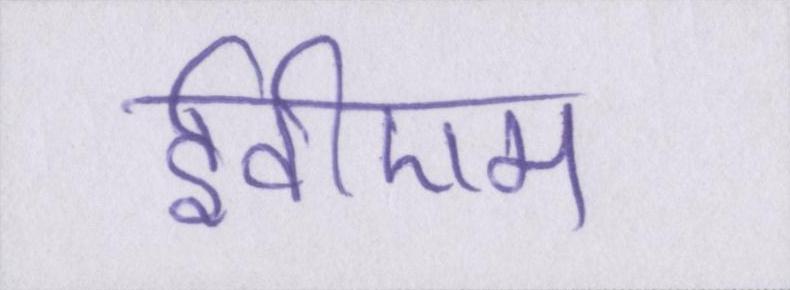
ईवीएम